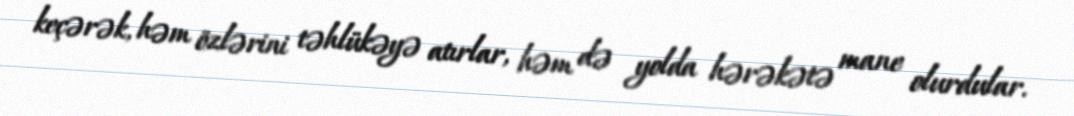
keçərək, həm özlərini təhlükəyə atırlar, həm də yolda hərəkətə mane olurdular.